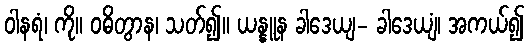
ဝါနရံ၊ ကို။ ဝဓိတွာန၊ သတ်၍။ ယန္နူန ခါဒေယျ- ခါဒေယျံ၊ အကယ်၍